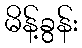
မိန့်ခွန်း